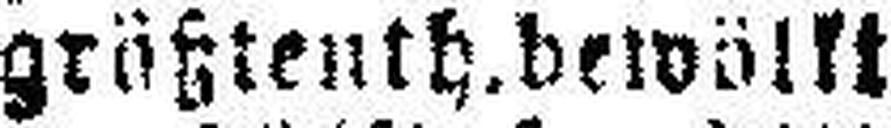
größtenth.bewölkt